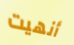
أنهيت